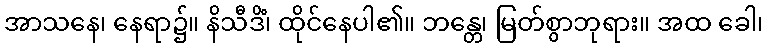
အာသနေ၊ နေရာ၌။ နိသီဒိံ၊ ထိုင်နေပါ၏။ ဘန္တေ၊ မြတ်စွာဘုရား။ အထ ခေါ၊